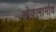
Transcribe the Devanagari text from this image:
मोवलामोव